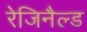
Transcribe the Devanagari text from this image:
रेजिनैल्ड